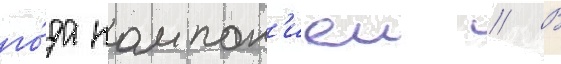
го́да компан'иеи // В